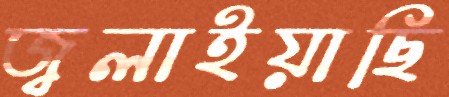
জ্বলাইয়াছি